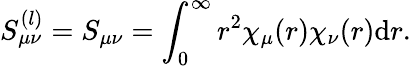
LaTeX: S_{\mu\nu}^{(l)}=S_{\mu\nu}=\int_{0}^{\infty}r^{2}\chi_{\mu}(r)\chi_{\nu}(r)\mathrm{d}r.